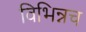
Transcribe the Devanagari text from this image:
विभिन्नच